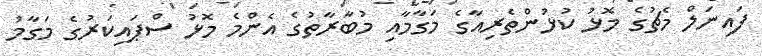
ފައިނަލް މެޗުގެ މޮޅު ކުޅުންތެރިއާގެ މަގާމާއި މުބާރާތުގެ އެންމެ މޮޅު ސްޕައިކަރުގެ މަގާމު